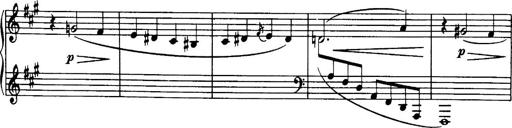
Title: 3 Sonatinas, Op.67
Composer: Jean Sibelius